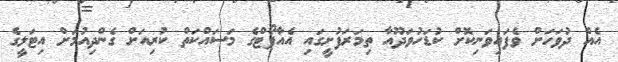
އެއް ދުވަހަށް ވެފައިވަނިކޮށް ކުޑަހުވަދޫއާ ތިމަރަފުށީގައި އެއާޕޯޓްގެ މަސައްކަތް ކުރިއަށް ގެންދިއުމަށް އިޓަލީގެ